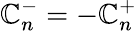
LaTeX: {\cal\mathbb{C}}_{n}^{-}=-{\cal\mathbb{C}}_{n}^{+}